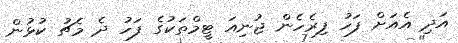
އަދި އެއަށް ފަހު ފިރެހެން ޖުނިއަ ޓީމްތަކުގެ ފަހު ދެ މެޗު ކުޅުން